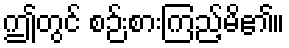
ဤတွင် စဉ်းစားကြည့်မိ၏။